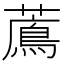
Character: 𦿬